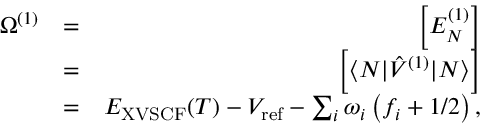
\begin{array} { r l r } { \Omega ^ { ( 1 ) } } & { = } & { \Big [ E _ { N } ^ { ( 1 ) } \Big ] } \\ & { = } & { \Big [ \langle N | \hat { V } ^ { ( 1 ) } | N \rangle \Big ] } \\ & { = } & { E _ { \mathrm { X V S C F } } ( T ) - V _ { \mathrm { r e f } } - \sum _ { i } { \omega } _ { i } \left( f _ { i } + { 1 } / { 2 } \right) , } \end{array}